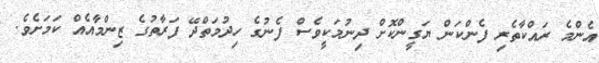
އެންމެ ރައްކާތެރި ފެންކަން ޔަގީންކޮށް ދިނުމަކީވެސް ފެނުގެ ހިދުމަތްދޭ ފަރާތުގެ ޒިންމާއެއް ކަމަށެވެ.